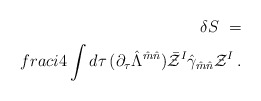
\begin{align*}\delta S \ =\\frac i4 \int d\tau\, (\partial_\tau \hat \Lambda^{\hat m\hat n})\bar {\cal Z}^I \hat\gamma_{\hat m\hat n} {\cal Z}^I\,.\end{align*}